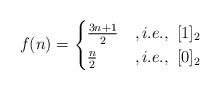
LaTeX: \begin{align*}f(n) = \begin{cases}\frac{3n+1}{2} &, i.e., ~[1]_2 \\\frac{n}{2} &, i.e., ~ [0]_2 \\\end{cases}\end{align*}